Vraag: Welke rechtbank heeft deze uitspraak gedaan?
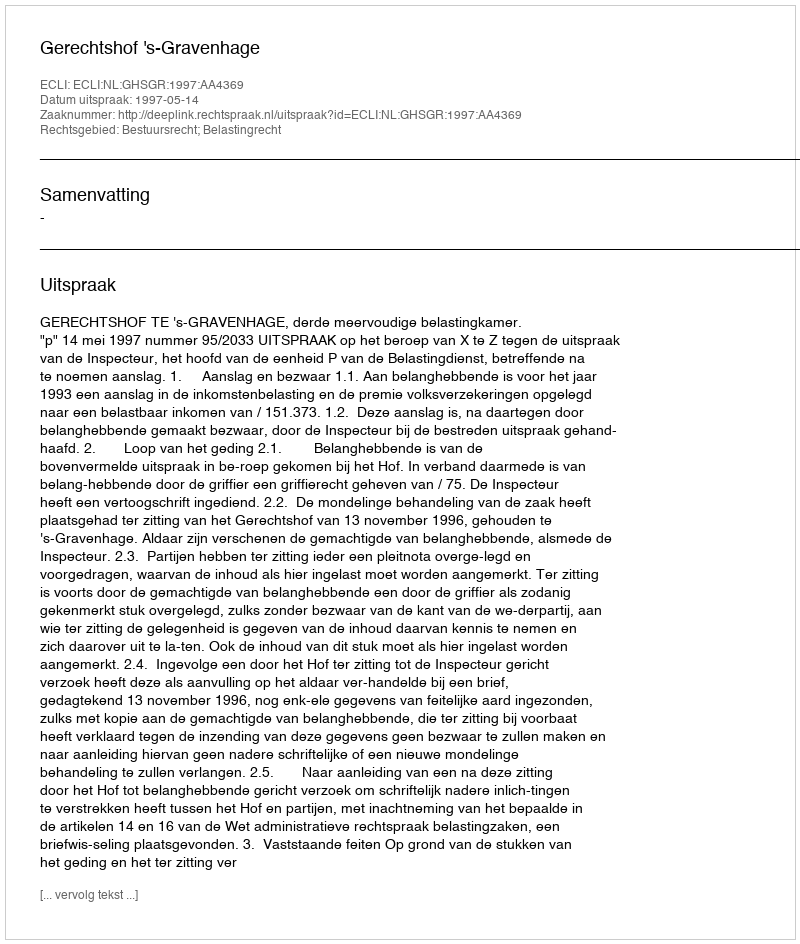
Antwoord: Gerechtshof 's-Gravenhage